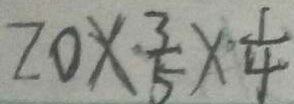
2 0 \times \frac { 3 } { 5 } \times \frac { 1 } { 4 }